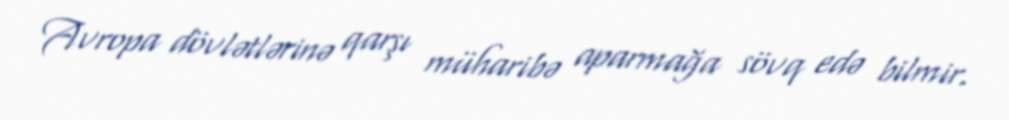
Avropa dövlətlərinə qarşı müharibə aparmağa sövq edə bilmir.